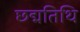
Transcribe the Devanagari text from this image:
छद्मतिथि